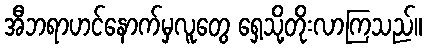
အီဘရာဟင်နောက်မှလူတွေ ရှေ့သို့တိုးလာကြသည်။